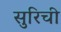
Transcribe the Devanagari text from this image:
सुरिची